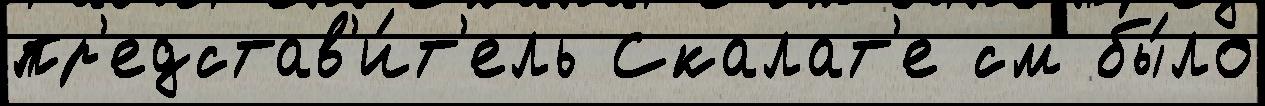
пр'едстав'и́т'ель Скалат'е см бы́ло